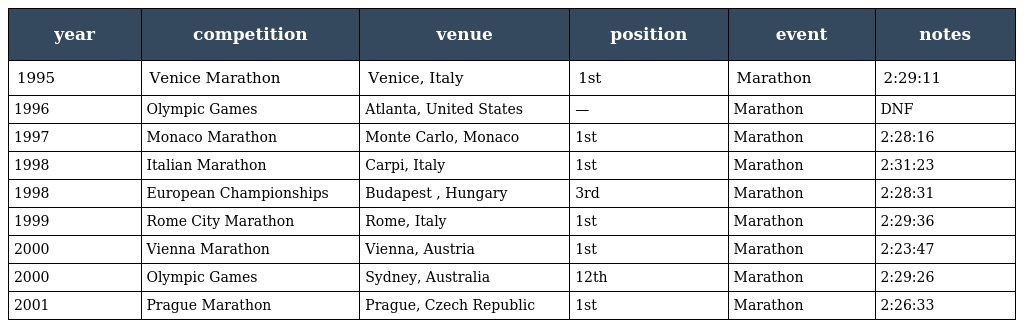
| year | competition | venue | position | event | notes |
 | --- | --- | --- | --- | --- | --- |
 | 1995 | Venice Marathon | Venice, Italy | 1st | Marathon | 2:29:11 |
 | 1996 | Olympic Games | Atlanta, United States | — | Marathon | DNF |
 | 1997 | Monaco Marathon | Monte Carlo, Monaco | 1st | Marathon | 2:28:16 |
 | 1998 | Italian Marathon | Carpi, Italy | 1st | Marathon | 2:31:23 |
 | 1998 | European Championships | Budapest , Hungary | 3rd | Marathon | 2:28:31 |
 | 1999 | Rome City Marathon | Rome, Italy | 1st | Marathon | 2:29:36 |
 | 2000 | Vienna Marathon | Vienna, Austria | 1st | Marathon | 2:23:47 |
 | 2000 | Olympic Games | Sydney, Australia | 12th | Marathon | 2:29:26 |
 | 2001 | Prague Marathon | Prague, Czech Republic | 1st | Marathon | 2:26:33 |